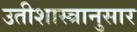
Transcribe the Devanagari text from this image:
उतीशास्त्रानुसार